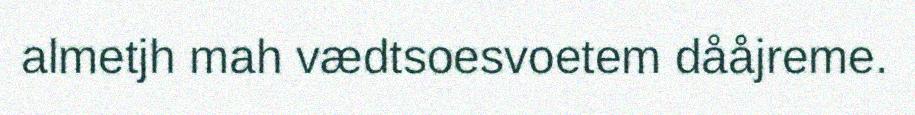
almetjh mah vædtsoesvoetem dååjreme.